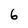
Character: 6